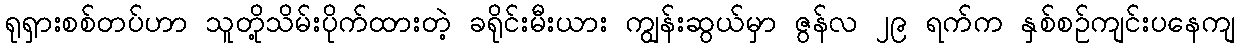
ရုရှားစစ်တပ်ဟာ သူတို့သိမ်းပိုက်ထားတဲ့ ခရိုင်းမီးယား ကျွန်းဆွယ်မှာ ဇွန်လ ၂၉ ရက်က နှစ်စဉ်ကျင်းပနေကျ